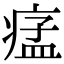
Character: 𤷪